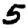
Digit: 5